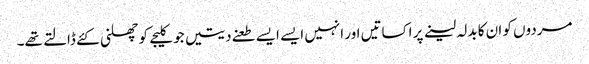
مردوں کو ان کا بدلہ لینے پر اکساتیں اور انہیں ایسے ایسے طعنے دیتیں جو کلیجے کو چھلنی کئے ڈالتے تھے۔